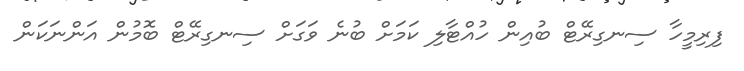
ފިރިމީހާ ސިނގިރޭޓް ބުއިން ހުއްޓާލި ކަމަށް ބުނެ ވަގަށް ސިނގިރޭޓް ބޮމުން އަންނަކަން